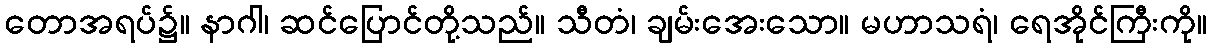
တောအရပ်၌။ နာဂါ၊ ဆင်ပြောင်တို့သည်။ သီတံ၊ ချမ်းအေးသော။ မဟာသရံ၊ ရေအိုင်ကြီးကို။